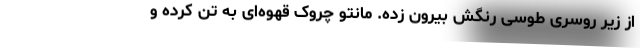
از زیر روسری طوسی رنگش بیرون زده. مانتو چروک قهوه‌ای به تن کرده و